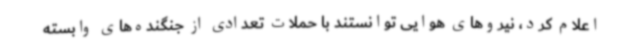
اعلام کرد، نیروهای هوایی توانستند با حملات تعدادی از جنگنده‌های وابسته